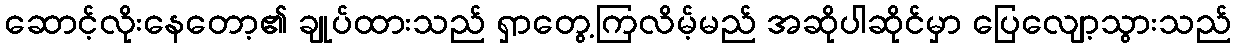
ဆောင့်လိုးနေတော့၏ ချုပ်ထားသည် ရှာတွေ့ကြလိမ့်မည် အဆိုပါဆိုင်မှာ ပြေလျော့သွားသည်